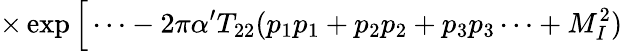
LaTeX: \times\exp\Big[\cdots-2\pi\alpha^{\prime}T_{22}(p_{1}p_{1}+p_{2}p_{2}+p_{3}p_{3}\cdots+M_{I}^{2})